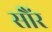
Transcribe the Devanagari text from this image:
सौंर